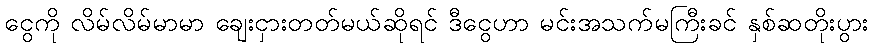
ငွေကို လိမ်လိမ်မာမာ ချေးငှားတတ်မယ်ဆိုရင် ဒီငွေဟာ မင်းအသက်မကြီးခင် နှစ်ဆတိုးပွား